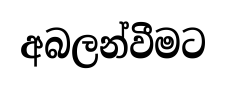
අබලන්වීමට